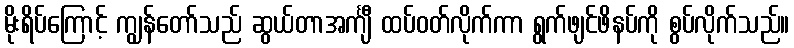
မိုးရိပ်ကြောင့် ကျွန်တော်သည် ဆွယ်တာအင်္ကျီ ထပ်ဝတ်လိုက်ကာ ရွက်ဖျင်ဖိနပ်ကို စွပ်လိုက်သည်။